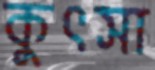
কুৎসা